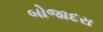
બોજાદરા